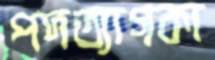
পদত্যাগকা